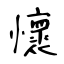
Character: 懷